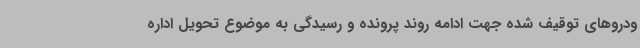
ودروهای توقیف شده جهت ادامه روند پرونده و رسیدگی به موضوع تحویل اداره